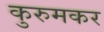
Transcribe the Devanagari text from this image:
कुरुमकर